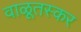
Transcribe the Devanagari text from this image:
वाळूतस्कर